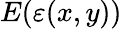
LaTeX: E(\varepsilon(x,y))